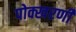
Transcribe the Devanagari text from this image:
पोक्खरणी